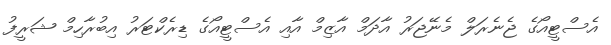
އެސްޓީއޯގެ ޖެނެރަލް މެނޭޖަރު އާދަމް އާޒިމް އާއި އެސްޓީއޯގެ ޑިރެކްޓަރު އިބުރާހިމް ޝަރީފު